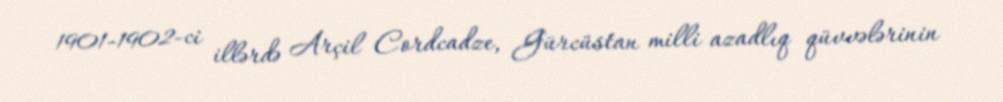
1901-1902-ci illərdə Arçil Cordcadze, Gürcüstan milli azadlıq qüvvələrinin